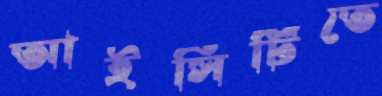
আইসিটিতে